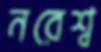
নরেশ্ব